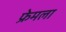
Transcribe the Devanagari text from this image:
फ्रेमला